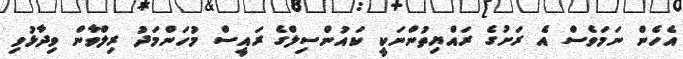
އެހެން ނަމަވެސް އެ ރަށުގެ ރައްޔިތުންނަކީ ކައުންސިލްގެ ރައީސް މުހަންމަދު ރިލްވާން ވިދާޅުވި